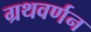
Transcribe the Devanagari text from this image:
ग्रथवर्णन